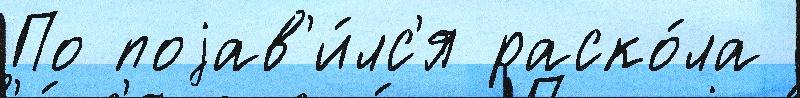
По поjав'и́лс'я раско́ла